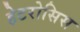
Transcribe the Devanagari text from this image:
हेटरोसिस